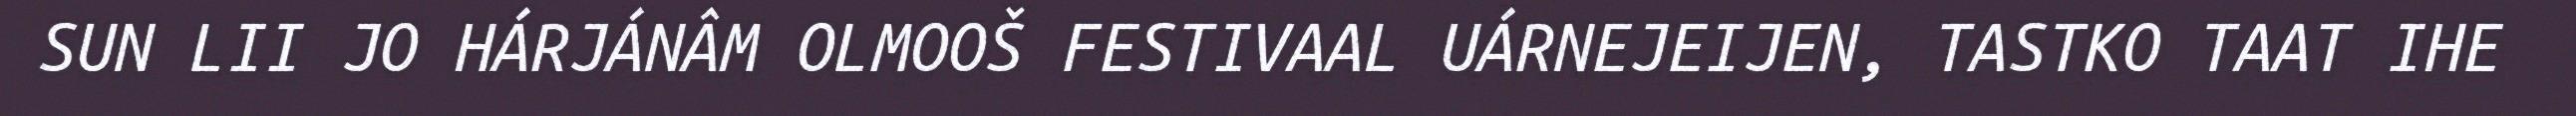
SUN LII JO HÁRJÁNÂM OLMOOŠ FESTIVAAL UÁRNEJEIJEN, TASTKO TAAT IHE